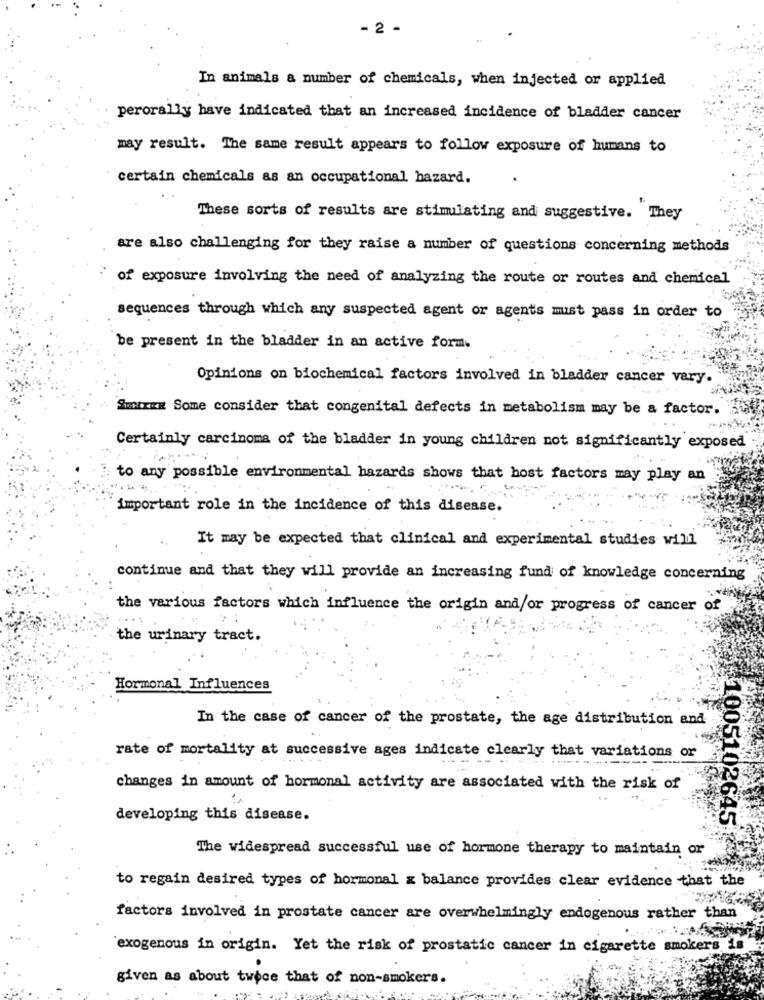
- 2 -
In animals a number of chemicals, when injected or applied
perorally have indicated that an increased incidence of bladder cancer
may result. The same result appears to follow exposure of humans to
certain chemicals as an occupational hazard.
These sorts of results are stimulating and suggestive. They
are also challenging for they raise a number of questions concerning methods
of exposure involving the need of analyzing the route or routes and chemical
sequences through which any suspected agent or agents must pass in order to
be present in the bladder in an active form.
Opinions on biochemical factors involved in bladder cancer very.
" SENTIR Some consider that congenital defects in metabolism may be a factor.
Certainly carcinoma of the bladder in young children not significantly exposed
to any possible environmental hazards shows that host factors may play an
important role in the incidence of this disease.
It may be expected that clinical and experimental studies will
continue and that they will provide an increasing fund of knowledge concerning
the various factors which influence the origin and/or progress of cancer of
the urinary tract.
Hormonal Influences
In the case of cancer of the prostate, the age distribution and
10051
rate of mortality at successive ages indicate clearly that variations or
changes in amount of hormonal activity are associated with the risk of
developing this disease.
5102645
The widespread successful use of hormone therapy to maintain or
to regain desired types of hormonal x balance provides clear evidence that the
factors involved in prostate cancer are overwhelmingly endogenous rather than
exogenous in origin. Yet the risk of prostatic cancer in cigarette smokers is
given as about twoce that of non-smokers.